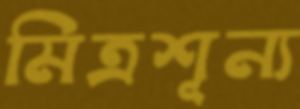
মিত্রশূন্য